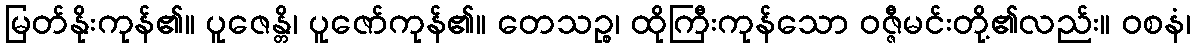
မြတ်နိုးကုန်၏။ ပူဇေန္တိ၊ ပူဇော်ကုန်၏။ တေသဉ္စ၊ ထိုကြီးကုန်သော ဝဇ္ဇီမင်းတို့၏လည်း။ ဝစနံ၊